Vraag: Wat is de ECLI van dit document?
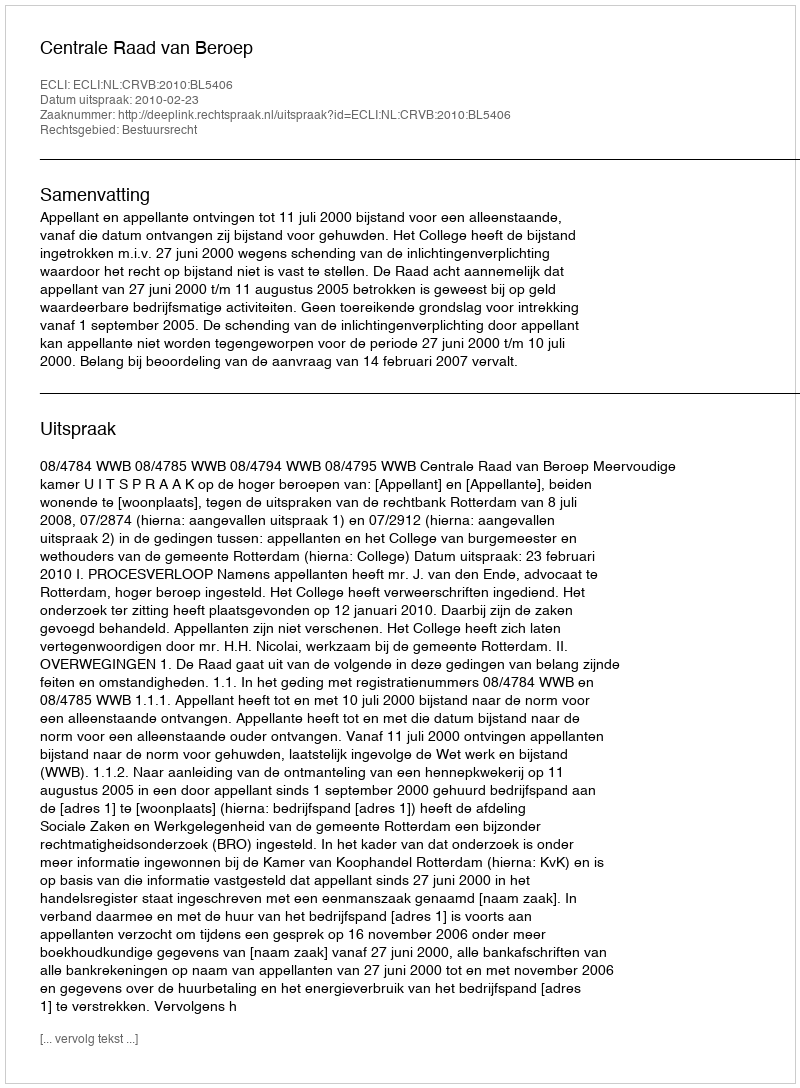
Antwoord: ECLI:NL:CRVB:2010:BL5406